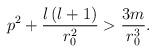
LaTeX: \begin{align*}p^2+\frac{l\left( l+1\right) }{r_0^2}>\frac{3m}{r_0^3}.\end{align*}